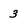
Character: 3